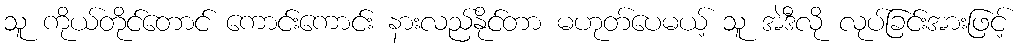
သူ ကိုယ်တိုင်တောင် ကောင်းကောင်း နားလည်နိုင်တာ မဟုတ်ပေမယ့် သူ အဲဒီလို လုပ်ခြင်းအားဖြင့်